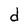
Character: d